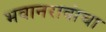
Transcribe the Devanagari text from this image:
भवानरावांचा